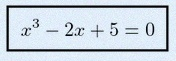
x^3-2x+5=0